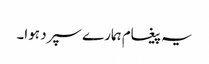
یہ پیغام ہمارے سپرد ہوا۔